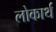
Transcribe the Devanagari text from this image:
लोकार्थ